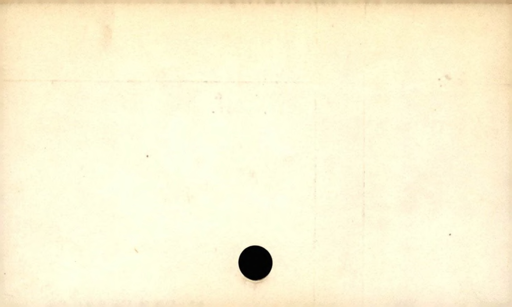
Label: blank